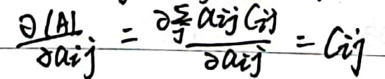
\(\frac{\partial ( A )}{\partial a_{ij}} = \frac{\partial}{\partial a_{ij}} \frac{a_{ij} C_{ij}}{\partial a_{ij}} = C_{ij}\)